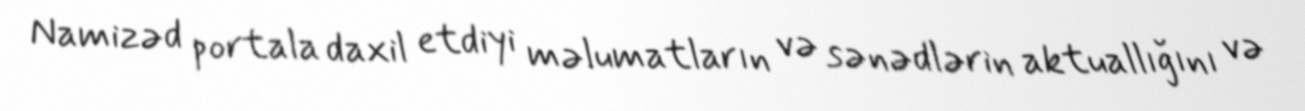
Namizəd portala daxil etdiyi məlumatların və sənədlərin aktuallığını və